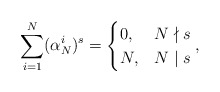
\begin{align*} \sum_{i=1}^N(\alpha_N^i)^s= \begin{cases} 0, &N\nmid s \\ N,& N \mid s\end{cases},\end{align*}